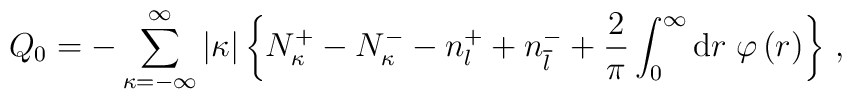
Q_0=-\sum_{\kappa=-\infty}^\infty\vert\kappa\vert\left\{N_\kappa^+-N_\kappa^--n_l^++n_{\overline l}^-+\frac{2}{\pi}\int_0^\infty{\rm d}r\;\varphi\left(r\right)\right\}\,,